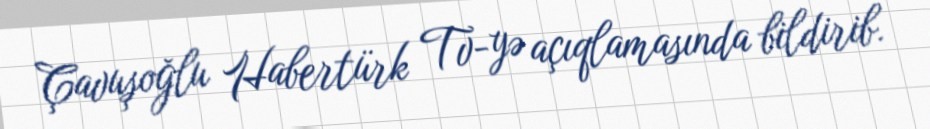
Çavuşoğlu Habertürk Tv-yə açıqlamasında bildirib.